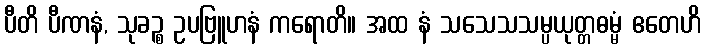
ပီတိ ပီဏနံ, သုခဉ္စ ဥပဗြူဟနံ ကရောတိ။ အထ နံ သသေသသမ္ပယုတ္တဓမ္မံ ဧတေဟိ